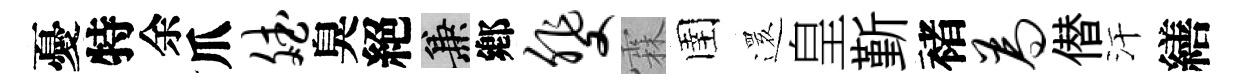
憂特余爪斌臭絕兼鄕斐霖圉𮟃皇斳褚为僣汗繕